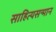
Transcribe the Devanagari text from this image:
साहित्यसन्मान